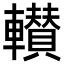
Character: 𮝰